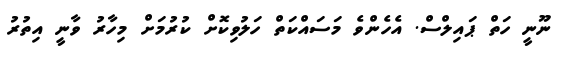
ނޫނީ ހަތް ޕައިލްސް. އެހެންވެ މަސައްކަތް ހަލުވިކޮށް ކުރުމަށް މިހާރު ވާނީ އިތުރު